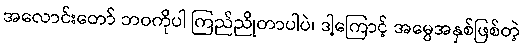
အလောင်းတော် ဘဝကိုပါ ကြည်ညိုတာပါပဲ၊ ဒါ့ကြောင့် အမွေအနှစ်ဖြစ်တဲ့